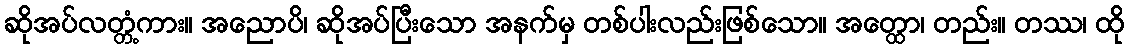
ဆိုအပ်လတ္တံ့ကား။ အညောပိ၊ ဆိုအပ်ပြီးသော အနက်မှ တစ်ပါးလည်းဖြစ်သော။ အတ္ထော၊ တည်း။ တဿ၊ ထို